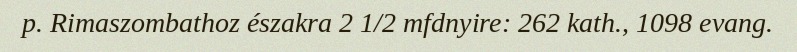
p. Rimaszombathoz északra 2 1/2 mfdnyire: 262 kath., 1098 evang.